Rangoon Lunatic Asylum 1893-1897 - 1893-1897
Year: 1893
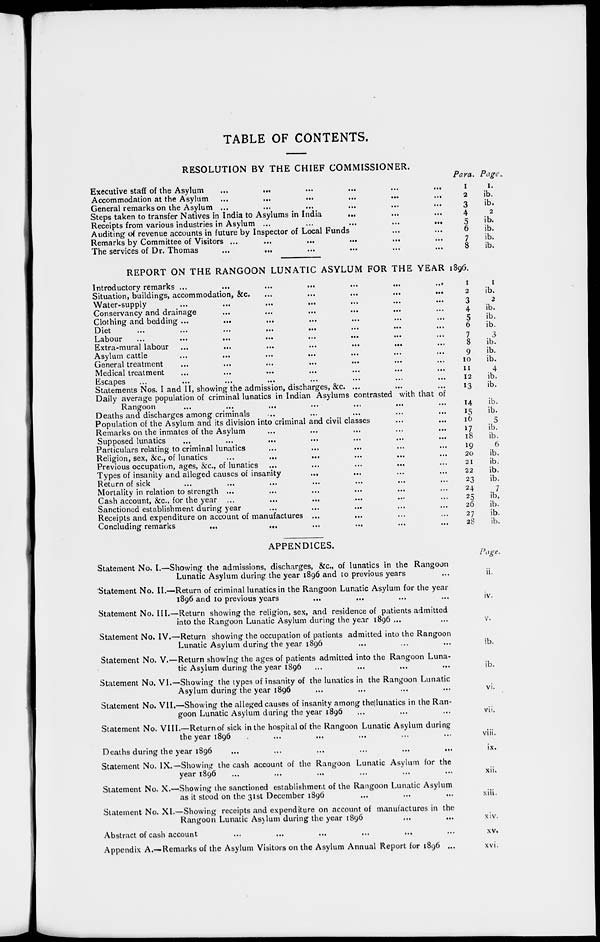
TABLE OF CONTENTS.
RESOLUTION BY THE CHIEF COMMISSIONER.
Executive staff of the Asylum ... ... ... ... ... ...
Accommodation at the Asylum
...
...
...
...
...
...
General remarks on the Asylum ... ... ... ... ... ...
Steps taken to transfer Natives in India to Asylums in India
... ... ...
Receipts from various industries in Asylum ...
...
...
...
...
Auditing of revenue accounts in future by Inspector of Local Funds ... ...
Remarks by Committee of Visitors ... ... ... ... ... ...
The services of Dr. Thomas ... ... ... ... ... ...
Para.
1
2
3
4
5
6
7
8
Page.
1.
ib.
ib.
2
ib.
ib.
ib.
ib.
REPORT ON THE RANGOON LUNATIC ASYLUM FOR THE YEAR 1896.
Introductory remarks ...
...
...
...
...
...
...
Situation, buildings, accommodation, &c. ... ... ... ... ...
Water-supply ... ... ... ... ... ... ...
Conservancy and drainage ... ... ... ... ... ...
Clothing and bedding ... ... ... ... ... ... ...
Diet
...
...
...
...
...
...
...
...
Labour
...
...
...
...
...
...
...
...
Extra-mural labour
...
...
...
...
...
...
Asylum cattle
...
...
...
...
...
...
...
General treatment ... ... ... ... ... ... ...
Medical treatment ... ... ... ... ... ... ...
Escapes ... ... ... ... ... ... ... ...
Statements Nos. I and II, showing the admission, discharges, &c. ... ... ...
Daily average population of criminal lunatics in Indian Asylums contrasted with that of
Rangoon ... ... ... ... ... ... ...
Deaths and discharges among criminals ... ... ... ... ...
Population of the Asylum and its division into criminal and civil classes ... ...
Remarks on the inmates of the Asylum ... ... ... ... ...
Supposed lunatics ... ... ... ... ... ... ...
Particulars relating to criminal lunatics ... ... ... ... ...
Religion, sex, &c., of lunatics ... ... ... ... ... ... ...
Previous occupation, ages, &c, of lunatics ... ... ... ... ... ...
Types of insanity and alleged causes of insanity
... ... ... ...
Return of sick ... ... ... ... ... ... ...
Mortality in relation to strength ... ... ... ... ...
Cash account, &c., for the year ... ... ... ... ... ...
Sanctioned establishment during year ... ... ... ... ...
Receipts and expenditure on account of manufactures ... ... ... ...
Concluding remarks
... ... ... ... ... ...
1
2
3
4
5
6
7
8
9
10
11
12
13
14
15
16
17
18
19
20
21
22
23
24
25
26
27
28
1
ib.
2
ib.
ib.
ib.
3
ib.
ib.
ib.
4
ib.
ib.
ib.
ib.
5
ib.
ib.
6
ib.
ib.
ib.
ib.
7
ib.
ib.
ib.
ib.
APPENDICES.
Statement No.
Statement No.
Statement No.
Statement No.
Statement No.
Statement No.
Statement No.
Statement No.
I.—Showing the admissions, discharges, &c., of lunatics in the Rangoon
Lunatic Asylum during the year 1896 and 10 previous years...
II.—Return of criminal lunatics in the Rangoon Lunatic Asylum for the year
1896 and 10 previous years ... ... ... ...
III.—Return showing the religion, sex, and residence of patients admitted
into the Rangoon Lunatic Asylum during the year 1896 ... ...
IV.—Return showing the occupation of patients admitted into the Rangoon
Lunatic Asylum during the year 1896 ... ... ...
V.—Return showing the ages of patients admitted into the Rangoon Luna-
tic Asylum during the year 1896 ... ... ... ...
VI.—Showing the types of insanity of the lunatics in the Rangoon Lunatic
Asylum during the year 1896 ... ... ... ...
VII.—Showing the alleged causes of insanity among the|lunatics in the Ran-
goon Lunatic Asylum during the year 1896 ... ... ...
VIII.—Return of sick in the hospital of the Rangoon Lunatic Asylum during
the year 1896 ... ... ... ... ...
Deaths during the year 1896 ... ... ... ... ... ...
Statement No.
Statement No.
Statement No.
IX.—Showing the cash account of the Rangoon Lunatic Asylum for the
year 1896 ... ... ... ... ... ...
X.—Showing the sanctioned establishment of the Rangoon Lunatic Asylum
as it stood on the 31st December 1896 ... ... ...
XI.—Showing receipts and expenditure on account of manufactures in the
Rangoon Lunatic Asylum during the year 1896
...
... ...
Abstract of cash account ... ... ... ... ... ...
Appendix A.—Remarks of the Asylum Visitors on the Asylum Annual Report for 1896 ...
Page.
ii.
iv.
v.
ib.
ib.
vi.
vii.
viii.
ix.
xii.
xiii.
xiv.
xv.
xvi.